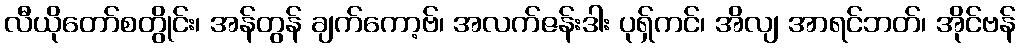
လီယိုတော်စတွိုင်း၊ အန်တွန် ချက်ကော့ဗ်၊ အလက်ဇန်းဒါး ပုရှ်ကင်၊ အိလျ အာရင်ဘတ်၊ အိုင်ဗန်